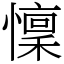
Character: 懍